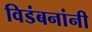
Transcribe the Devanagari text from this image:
विडंबनांनी